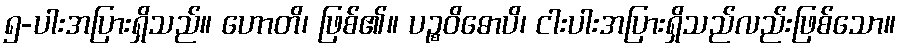
၅-ပါးအပြားရှိသည်။ ဟောတိ၊ ဖြစ်၏။ ပဉ္စဝိဓောပိ၊ ငါးပါးအပြားရှိသည်လည်းဖြစ်သော။